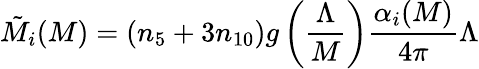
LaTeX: \tilde{M}_{i}(M)=(n_{5}+3n_{10})g\left({\frac{\Lambda}{M}}\right){\frac{\alpha_{i}(M)}{4\pi}}\Lambda